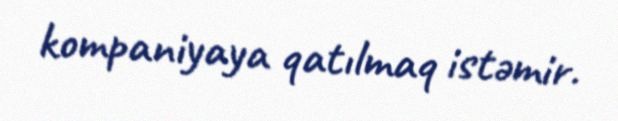
kompaniyaya qatılmaq istəmir.